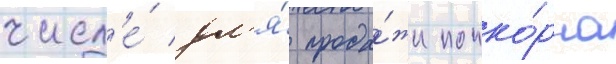
числ'е́ дл'я́ прода́жи попко́рна